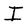
Character: I